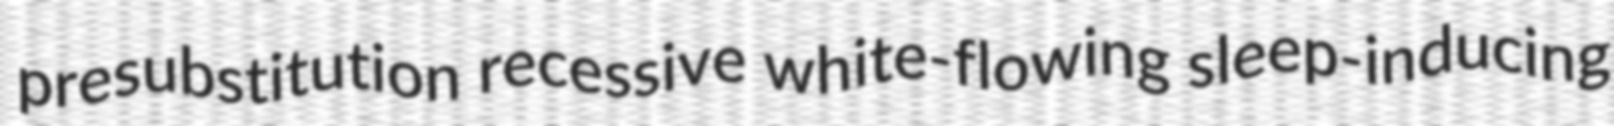
presubstitution recessive white-flowing sleep-inducing